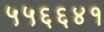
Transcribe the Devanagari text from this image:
५५६६४१